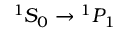
^ 1 S _ { 0 } \rightarrow { } ^ { 1 } P _ { 1 }